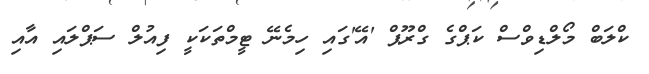
ކްލަބް މޯލްޑިވްސް ކަޕްގެ ގްރޫޕް 'އޭ'ގައި ހިމެނޭ ޓީމްތަކަކީ ފިއުލް ސަޕްލައި އާއި